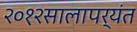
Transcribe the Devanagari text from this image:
२०१२सालापर्यंत